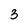
Character: 3